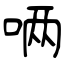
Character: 唡